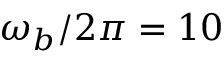
\omega _ { b } / 2 \pi = 1 0